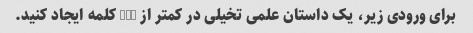
برای ورودی زیر، یک داستان علمی تخیلی در کمتر از 100 کلمه ایجاد کنید.